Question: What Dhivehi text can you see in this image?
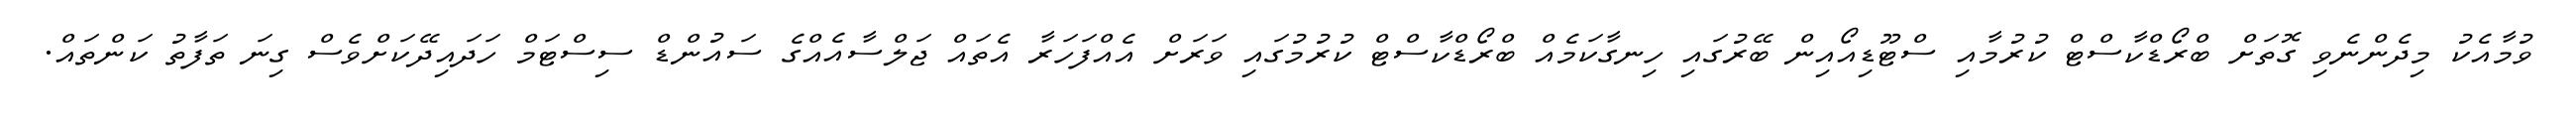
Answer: ވުމާއެކު މިދެންނެވި ގޮތަށް ބްރޯޑްކާސްޓް ކުރުމާއި ސްޓޫޑިއޯއިން ބޭރުގައި ހިނގާކަމެއް ބްރޯޑްކާސްޓް ކުރުމުގައި ވަރަށް އެއްފަހަރާ އެތައް ޖަލްސާއެއްގެ ސައުންޑް ސިސްޓަމް ހަދައިދޭކަށްވެސް ގިނަ ތަފާތު ކަންތައް.